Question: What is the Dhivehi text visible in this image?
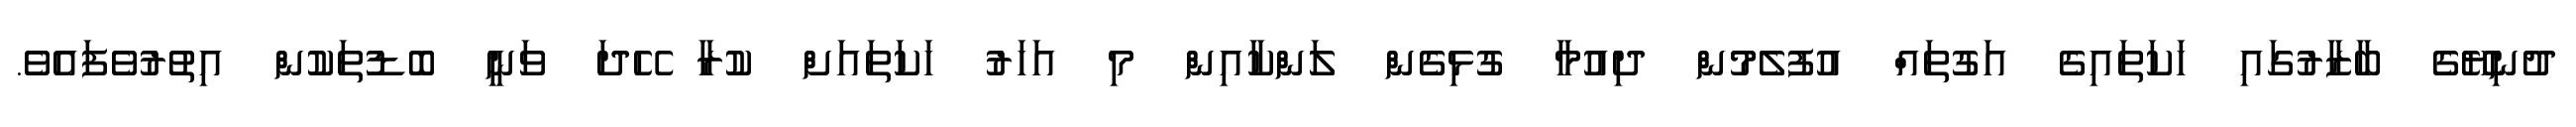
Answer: ދުނިޔޭގެ ބާޒާރުގައި ހަކަތައިގެ އަގުތައް އުފުލެމުން ދިއުމާ ގުޅިގެން ލަންކާއިން މި އަހަރު ހަކަތައަށް ކުރާ ހޭދަ ވަނީ ބޮޑުތަކުން އިތުރުވެފައެވެ.